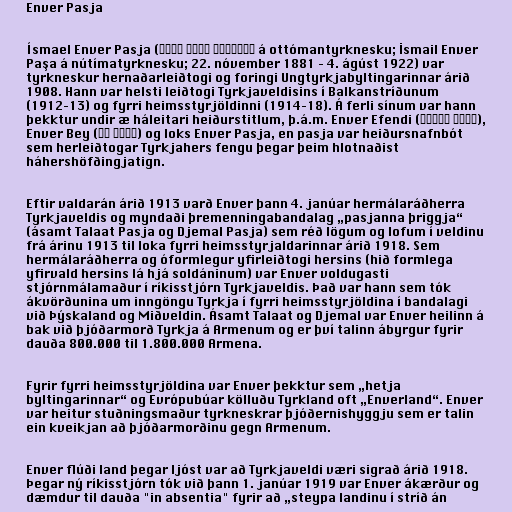
Enver Pasja

Ísmael Enver Pasja (اسماعیل انور پاشا‎ á ottómantyrknesku; İsmail Enver
Paşa á nútímatyrknesku; 22. nóvember 1881 – 4. ágúst 1922) var
tyrkneskur hernaðarleiðtogi og foringi Ungtyrkjabyltingarinnar árið
1908. Hann var helsti leiðtogi Tyrkjaveldisins í Balkanstríðunum
(1912–13) og fyrri heimsstyrjöldinni (1914–18). Á ferli sínum var hann
þekktur undir æ háleitari heiðurstitlum, þ.á.m. Enver Efendi (انور افندي‎),
Enver Bey (انور بك‎) og loks Enver Pasja, en pasja var heiðursnafnbót
sem herleiðtogar Tyrkjahers fengu þegar þeim hlotnaðist
háhershöfðingjatign.

Eftir valdarán árið 1913 varð Enver þann 4. janúar hermálaráðherra
Tyrkjaveldis og myndaði þremenningabandalag „pasjanna þriggja“
(ásamt Talaat Pasja og Djemal Pasja) sem réð lögum og lofum í veldinu
frá árinu 1913 til loka fyrri heimsstyrjaldarinnar árið 1918. Sem
hermálaráðherra og óformlegur yfirleiðtogi hersins (hið formlega
yfirvald hersins lá hjá soldáninum) var Enver voldugasti
stjórnmálamaður í ríkisstjórn Tyrkjaveldis. Það var hann sem tók
ákvörðunina um inngöngu Tyrkja í fyrri heimsstyrjöldina í bandalagi
við Þýskaland og Miðveldin. Ásamt Talaat og Djemal var Enver heilinn á
bak við þjóðarmorð Tyrkja á Armenum og er því talinn ábyrgur fyrir
dauða 800.000 til 1.800.000 Armena.

Fyrir fyrri heimsstyrjöldina var Enver þekktur sem „hetja
byltingarinnar“ og Evrópubúar kölluðu Tyrkland oft „Enverland“. Enver
var heitur stuðningsmaður tyrkneskrar þjóðernishyggju sem er talin
ein kveikjan að þjóðarmorðinu gegn Armenum.

Enver flúði land þegar ljóst var að Tyrkjaveldi væri sigrað árið 1918.
Þegar ný ríkisstjórn tók við þann 1. janúar 1919 var Enver ákærður og
dæmdur til dauða "in absentia" fyrir að „steypa landinu í stríð án